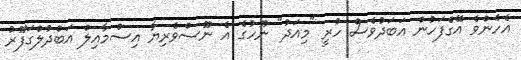
އެހެންވެ އޭގެފަހުން އަބަދުވެސް ހުރީ "މިއަދު" ނޫހުގެ އެ ނޫސްވެރިޔާ އިސްމާއިލް އަބްދުލްގަފޫރު